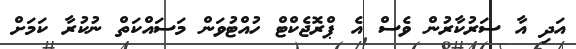
އަދި އާ ސަރުކާރުން ވެސް އެ ޕްރޮޖެކްޓް ހުއްޓުވަން މަސައްކަތް ނުކުރާ ކަމަށް